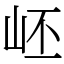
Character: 岯